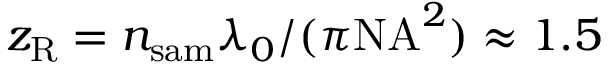
z _ { \mathrm { R } } = n _ { \mathrm { s a m } } \lambda _ { 0 } / ( \pi \mathrm { N A } ^ { 2 } ) \approx 1 . 5